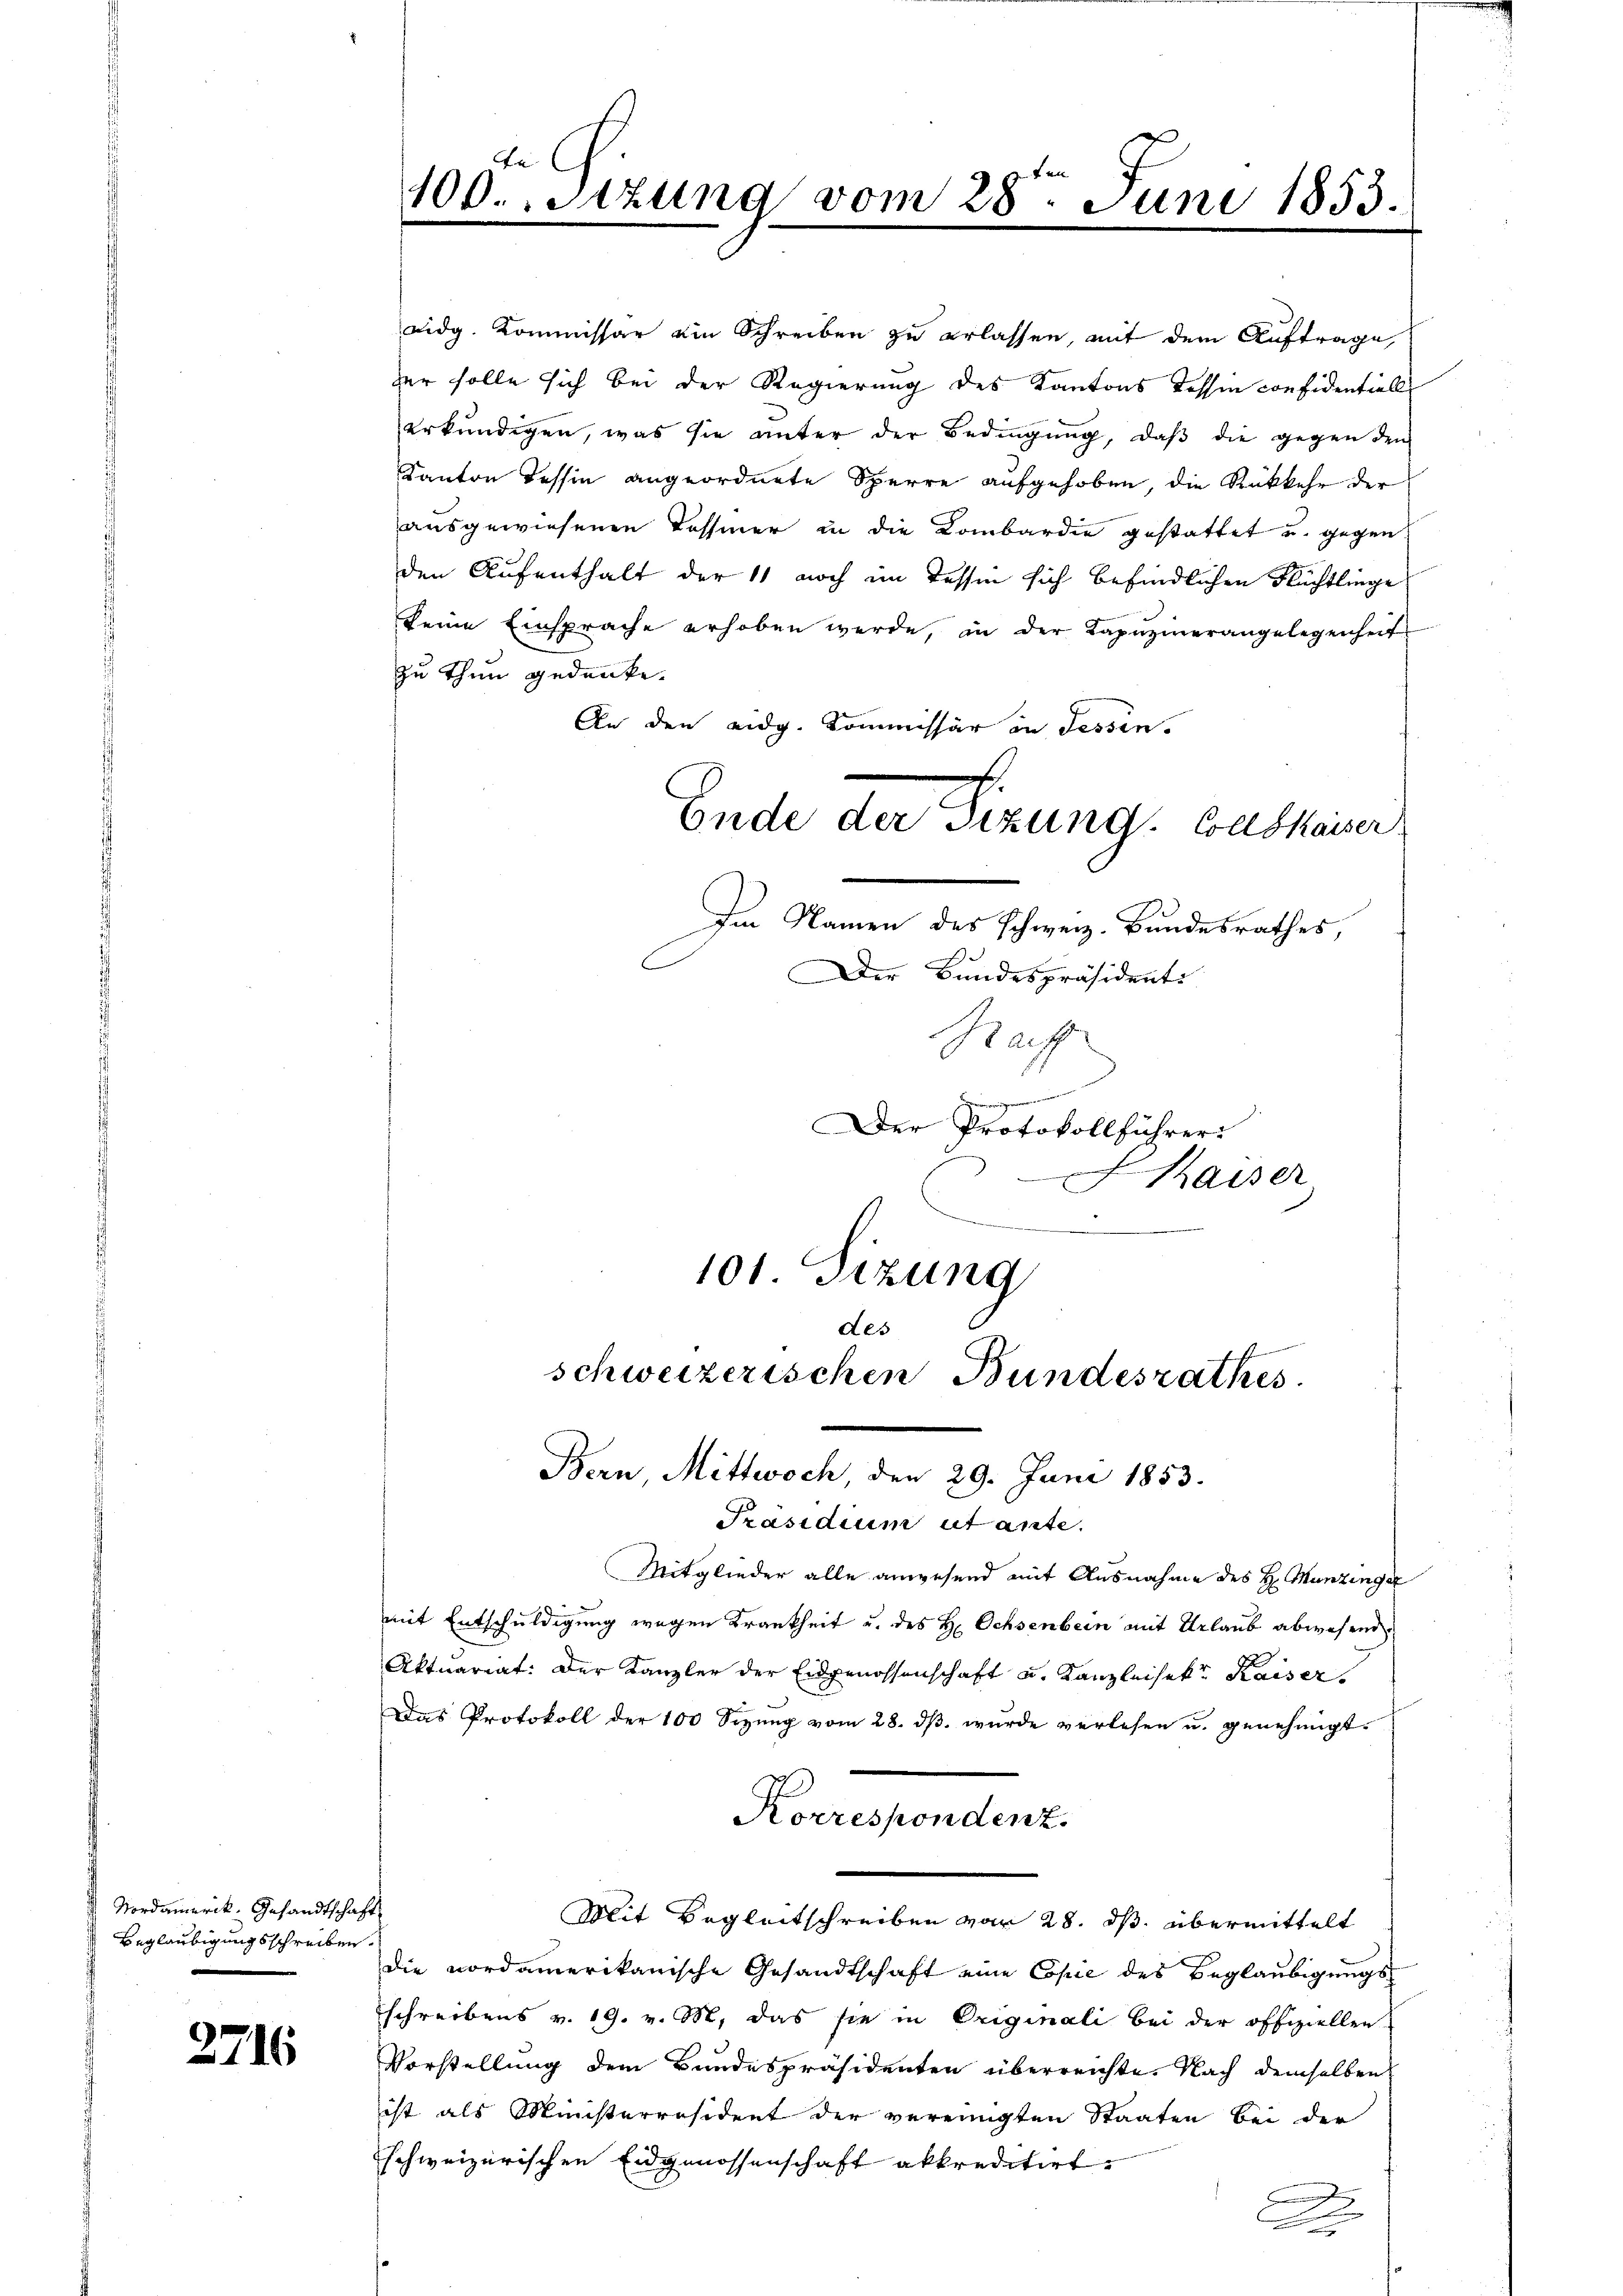
Nordamerik. Gesandtschaft
Beglaubigungsschreiben.

2716

eidg. Kommissar ein Schreiben zu erlassen, mit dem Auftrage,
er solle sich bei der Regierung des Kantons dessen confidentiell
erkundigen, was sie unter der Bedingung, daß die gegen den
Kanton Tessin angeordnete Sperre aufgehoben, die Rükkehr der
ausgewiesenen Tessiner in die Kombardie gestattet u. gegen
den Aufenthalt der 11 noch im Tessin sich befindlichen Flüchtlinge
keine Einsprache erhoben werde, in der Kapŭzinerangelegenheit
zu thun gedenke.
An den eidg. Kommissär in Fessen.
Ende der Fizung. Auskauer
Im Namen des Schweiz. Bundesrathes,
Der Bundespräsidents
Haf
Der Protokollführer
Kaiser

101. Sizung
des

te
100. Sitzung vom 28ten Juni 1853.

schweizerischen Bundesrathes.
Bern, Mittwoch, den 29. Juni 1853.

Präsidium ut ante.
Mitglieder alle anwesend mit Ausnahme des H. Munzinger
mit Entschuldigung wegen Krankheit u. des H. Ochsenbern mit Urlaub abwesend
Aktuariat: Der Kanzler der Eidgenossenschaft u. Kanzleisekt Kaiser,
Das Protokoll der 100 Sizung vom 28. dβ. wurde verlesen u. genehmigt.
Mit Begleitschreiben vom 28. ds. übermittelt
die nordamerikanische Gesandtschaft eine Copie des Beglaubigungsschreibens v. 19. v. M. das sie in Originali bei der offiziellen
Vorstellung dem Bundespräsidenten überreichte. Nach demselben
ist als Ministerräsident der vereinigten Staaten bei der
schweizerischen Eidgenossenschaft akkreditirt.
2
A

Korrespondenz.